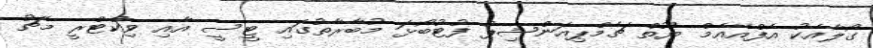
ގޯލާއެކު އެފްއޭއެމް ޔޫތް ޗެމްޕިއަންޝިޕް ފުޓުބޯޅަ މުބާރާތުގައި ޓީސީ އާއި ވިކްޓްރީ މެޗު